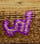
أي